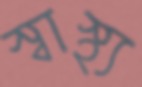
স্বাস্থ্য